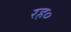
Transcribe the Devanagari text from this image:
रह०